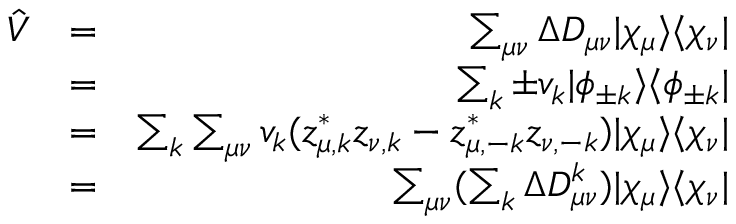
\begin{array} { r l r } { \hat { V } } & { = } & { \sum _ { \mu \nu } \Delta D _ { \mu \nu } | \chi _ { \mu } \rangle \langle \chi _ { \nu } | } \\ & { = } & { \sum _ { k } \pm v _ { k } | \phi _ { \pm k } \rangle \langle \phi _ { \pm k } | } \\ & { = } & { \sum _ { k } \sum _ { \mu \nu } v _ { k } ( z _ { \mu , k } ^ { * } z _ { \nu , k } - z _ { \mu , - k } ^ { * } z _ { \nu , - k } ) | \chi _ { \mu } \rangle \langle \chi _ { \nu } | } \\ & { = } & { \sum _ { \mu \nu } ( \sum _ { k } \Delta D _ { \mu \nu } ^ { k } ) | \chi _ { \mu } \rangle \langle \chi _ { \nu } | } \end{array}